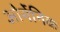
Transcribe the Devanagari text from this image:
ओर्गेनिक